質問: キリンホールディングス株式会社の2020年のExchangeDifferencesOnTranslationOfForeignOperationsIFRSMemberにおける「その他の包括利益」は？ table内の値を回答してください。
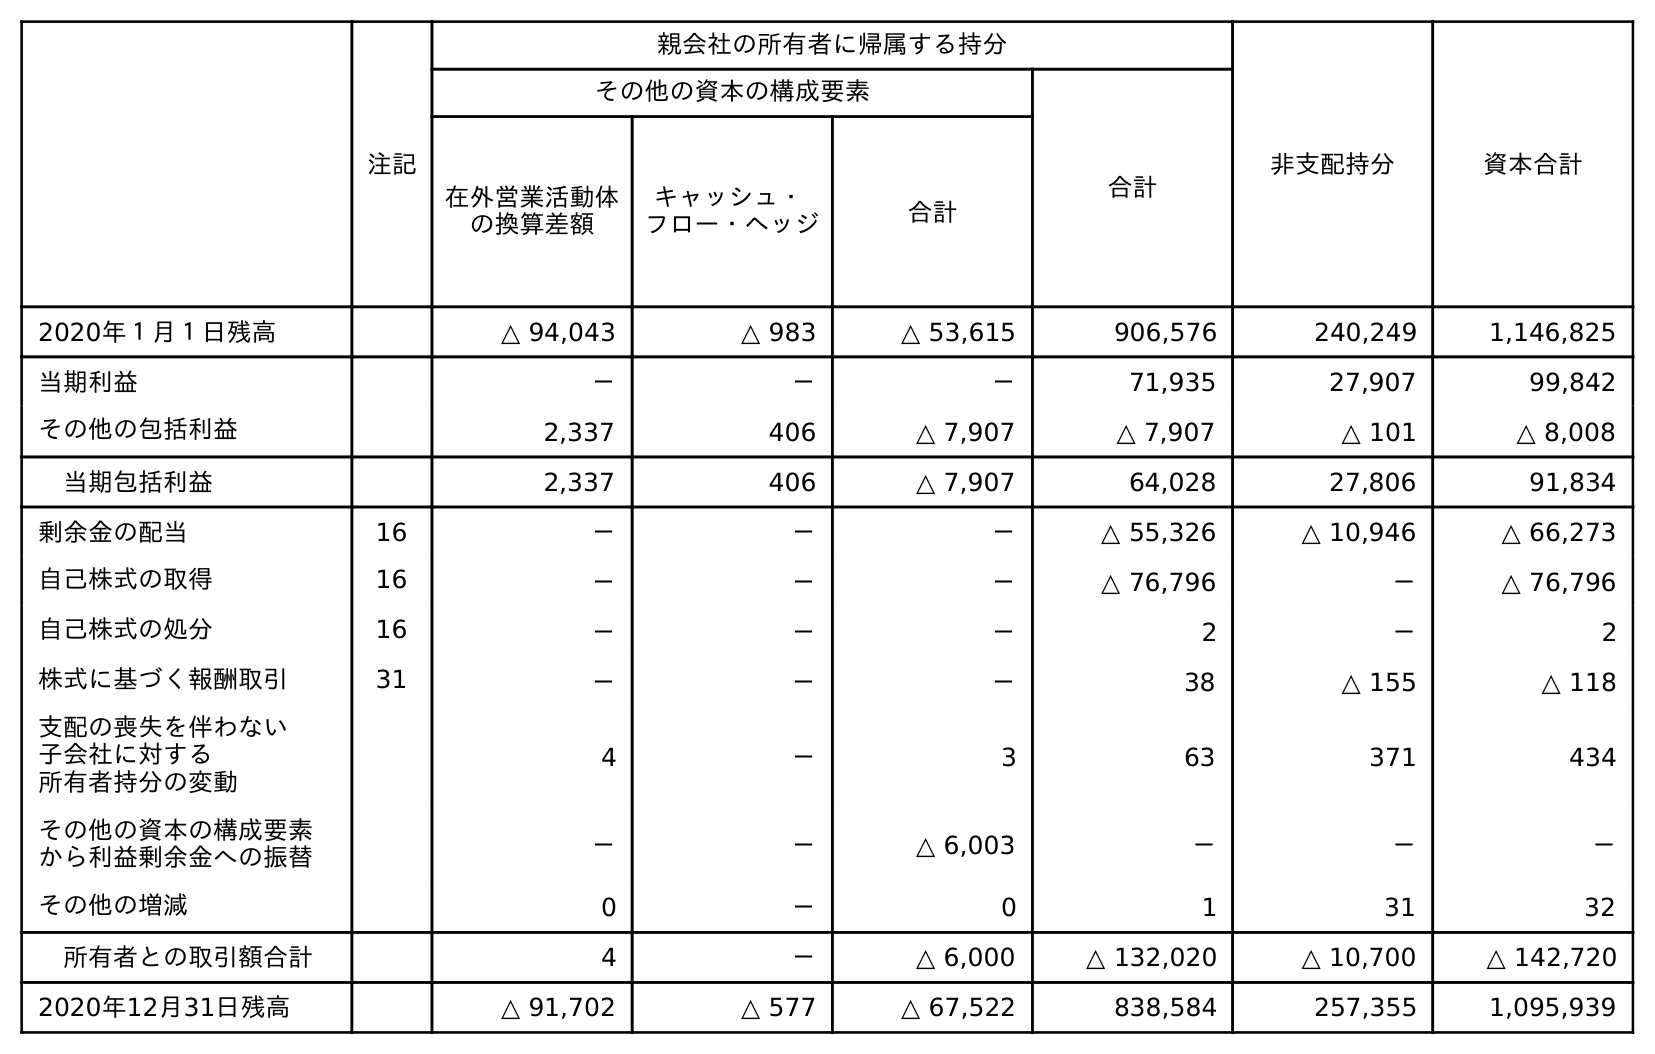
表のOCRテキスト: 注記 親会社の所有者に帰属する持分 非支配持分 資本合計 その他の資本の構成要素 合計 在外営業活動体 の換算差額 キャッシュ・ フロー・ヘッジ 合計 2020年１月１日残高 △ 94,043 △ 983 △ 53,615 906,576 240,249 1,146,825 当期利益 － － － 71,935 27,907 99,842 その他の包括利益 2,337 406 △ 7,907 △ 7,907 △ 101 △ 8,008 当期包括利益 2,337 406 △ 7,907 64,028 27,806 91,834 剰余金の配当 16 － － － △ 55,326 △ 10,946 △ 66,273 自己株式の取得 16 － － － △ 76,796 － △ 76,796 自己株式の処分 16 － － － 2 － 2 株式に基づく報酬取引 31 － － － 38 △ 155 △ 118 支配の喪失を伴わない 子会社に対する 所有者持分の変動 4 － 3 63 371 434 その他の資本の構成要素 から利益剰余金への振替 － － △ 6,003 － － － その他の増減 0 － 0 1 31 32 所有者との取引額合計 4 － △ 6,000 △ 132,020 △ 10,700 △ 142,720 2020年12月31日残高 △ 91,702 △ 577 △ 67,522 838,584 257,355 1,095,939
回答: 2,337